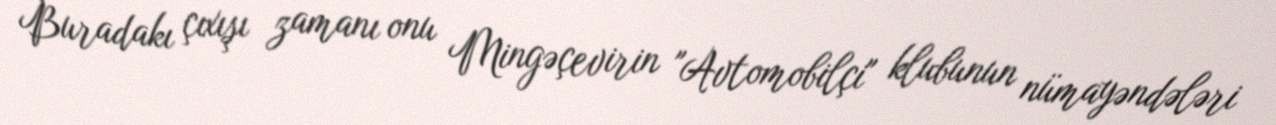
Buradakı çıxışı zamanı onu Mingəçevirin "Avtomobilçi" klubunun nümayəndələri